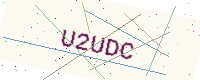
Text: U2UDC